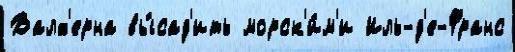
Валх'ерна вы́сад'ить морск'и́м'и Иль-д'е-Франс